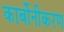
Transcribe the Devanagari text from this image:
कार्बोनीकरण